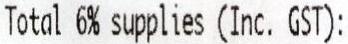
TOTAL 6% SUPPLIES (INC. GST):